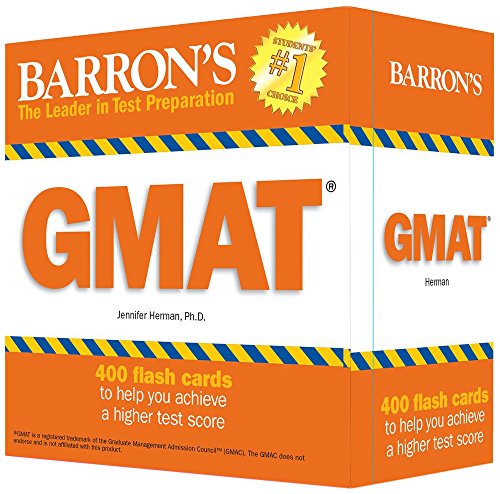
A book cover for Barron's GMAT Flash Cards; Jennifer Herman  Ph.D.; Test Preparation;